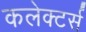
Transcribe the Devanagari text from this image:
कलेक्‍टर्स